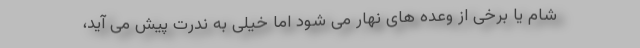
شام یا برخی از وعده های نهار می شود اما خیلی به ندرت پیش می آید،